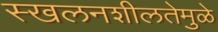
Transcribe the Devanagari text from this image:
स्खलनशीलतेमुळे